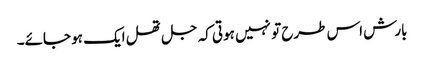
بارش اس طرح تو نہیں ہوتی کہ جل تھل ایک ہو جائے۔